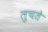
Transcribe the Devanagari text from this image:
लुचते